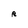
Character: R